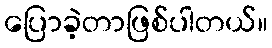
ပြောခဲ့တာဖြစ်ပါတယ်။